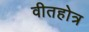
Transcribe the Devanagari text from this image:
वीतहोत्र